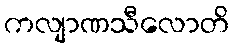
ကလျာဏသီလောတိ